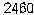
2460